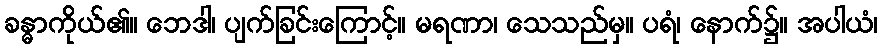
ခန္ဓာကိုယ်၏။ ဘေဒါ၊ ပျက်ခြင်းကြောင့်။ မရဏာ၊ သေသည်မှ။ ပရံ၊ နောက်၌။ အပါယံ၊